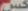
کس